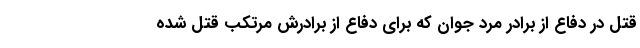
قتل در دفاع از برادر مرد جوان که برای دفاع از برادرش مرتکب قتل شده